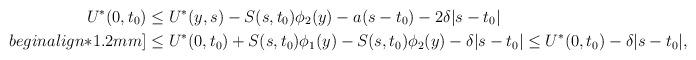
LaTeX: \begin{align*}U^*(0,t_0) &\le U^*(y,s) - S(s,t_0) \phi_2(y)- a(s - t_0) - 2\delta |s - t_0| \\begin{align*}1.2mm]&\le U^*(0,t_0) + S(s,t_0) \phi_1 (y) - S(s,t_0)\phi_2(y) - \delta |s- t_0| \le U^*(0,t_0) - \delta |s-t_0|,\end{align*}